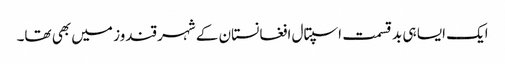
ایک ایسا ہی بد قسمت اسپتال افغانستان کے شہر قندوز میں بھی تھا۔